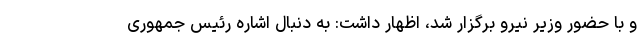
و با حضور وزیر نیرو برگزار شد، اظهار داشت: به دنبال اشاره رئیس جمهوری